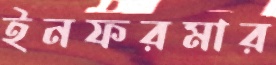
ইনফরমার